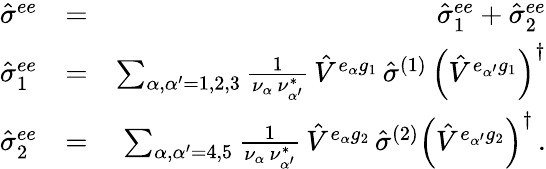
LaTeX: \begin{array}{rlr}{{\hat{\sigma}}^{ee}}&{=}&{{\hat{\sigma}}_{1}^{ee}+{\hat{\sigma}}_{2}^{ee}}\\ {{\hat{\sigma}}_{1}^{ee}}&{=}&{\sum_{{\alpha},{\alpha^{\prime}}=1,2,3}\frac{1}{\nu_{\alpha}\, \nu_{\alpha^{\prime}}^{*}}\, {\hat{V}}^{e_{\alpha}g_{1}}\, {\hat{\sigma}}^{(1)}\, \left({\hat{V}}^{e_{\alpha^{\prime}}g_{1}}\right)^{\dagger}}\\ {{\hat{\sigma}}_{2}^{ee}}&{=}&{\sum_{{\alpha},{\alpha^{\prime}}=4,5}\frac{1}{\nu_{\alpha}\, \nu_{\alpha^{\prime}}^{*}}\, {\hat{V}}^{e_{\alpha}g_{2}}\, {\hat{\sigma}}^{(2)}\left({\hat{V}}^{e_{\alpha^{\prime}}g_{2}}\right)^{\dagger}\, .}\end{array}